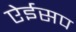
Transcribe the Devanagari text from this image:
ऐईसप